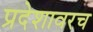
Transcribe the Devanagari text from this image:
प्रदेशावरच